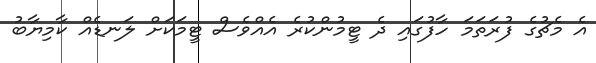
އެ މެޗުގެ ފުރަތަމަ ހާފުގައި ދެ ޓީމުންކުރެ އެއްވެސް ޓީމަކަށް ލަނޑެއް ކާމިޔާބު